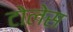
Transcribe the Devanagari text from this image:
टोलेस